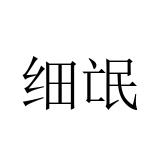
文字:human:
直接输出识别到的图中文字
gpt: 细氓